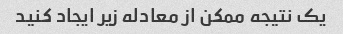
یک نتیجه ممکن از معادله زیر ایجاد کنید